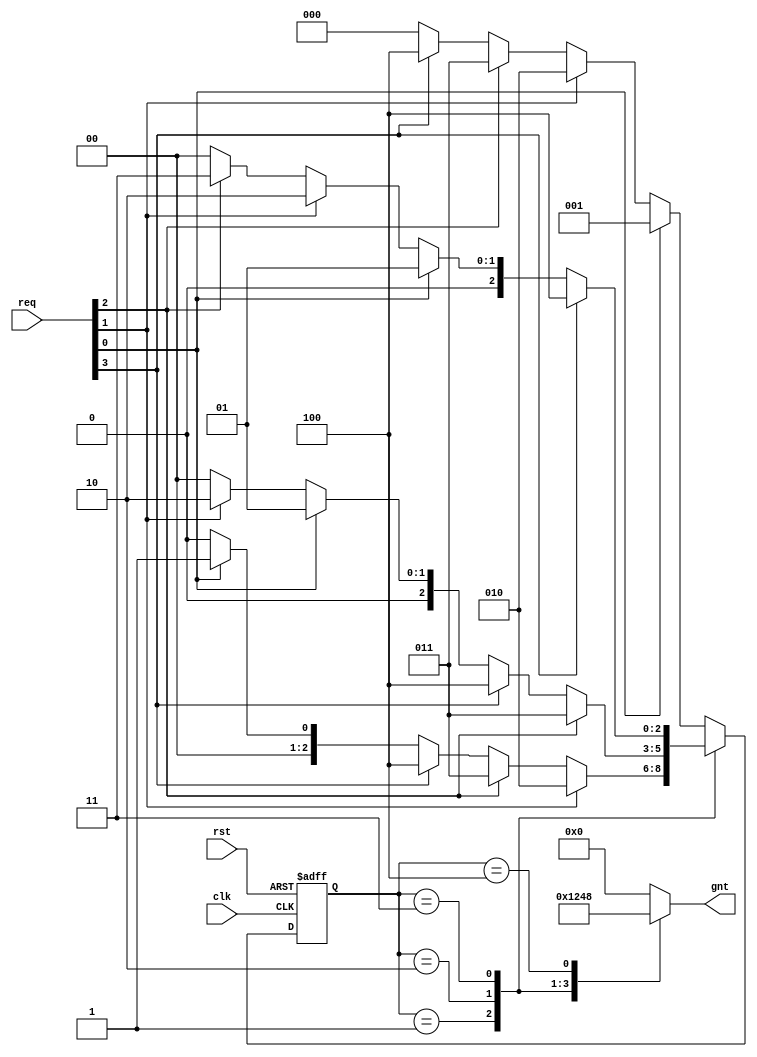
module round_robin_arbiter(req,clk,rst,gnt);
  input [3:0] req;
  input clk,rst;
  output reg [3:0] gnt;
  
  parameter [2:0] S_ideal=3'b000; //ideal state
  parameter [2:0] S_0=3'b001; 
  parameter [2:0] S_1=3'b010; 
  parameter [2:0] S_2=3'b011; 
  parameter [2:0] S_3=3'b100;
  
  reg [2:0] present_state, next_state;
  
  
  always@(posedge clk or posedge rst)
    begin
      
      if(rst)
        present_state <= S_ideal;
      else 
        present_state <= next_state;
      
    end
  
  //Next state logic
  
  always@(*)
    begin
      
      case(present_state)
        
        S_ideal :
          begin
            if(req[0])
              next_state = S_0;
            else if(req[1])
              next_state = S_1;
            else if(req[2])
              next_state = S_2;
            else if(req[3])
              next_state = S_3;
            else
              next_state = S_ideal;
          end
        
        S_0 :
          begin
            if(req[1])
              next_state = S_1;
            else if(req[2])
              next_state = S_2;
            else if(req[3])
              next_state = S_3;
            else if(req[0])
              next_state = S_0;
            else
              next_state = S_ideal;
          end
        
        S_1 :
          begin
            if(req[2])
              next_state = S_2;
            else if(req[3])
              next_state = S_3;
            else if(req[0])
              next_state = S_0;
            else if(req[1])
              next_state = S_1;
            else
              next_state = S_ideal;
          end
        
        S_2 :
          begin
            if(req[3])
              next_state = S_3;
            else if(req[0])
              next_state = S_0;
            else if(req[1])
              next_state = S_1;
            else if(req[2])
              next_state = S_2;
            else
              next_state = S_ideal;
          end
        
        S_3 :
          begin
            if(req[0])
              next_state = S_0;
            else if(req[1])
              next_state = S_1;
            else if(req[2])
              next_state = S_2;
            else if(req[3])
              next_state = S_3;
            else
              next_state = S_ideal;
          end

        default :
          begin
            if(req[0])
              next_state = S_0;
            else if(req[1])
              next_state = S_1;
            else if(req[2])
              next_state = S_2;
            else if(req[3])
              next_state = S_3;
            else
              next_state = S_ideal;
          end
        
      endcase
    end
  
  
  always@(*)
    begin
      case(present_state)
        
        S_0 : gnt = 4'b0001;
        S_1 : gnt = 4'b0010;
        S_2 : gnt = 4'b0100;
        S_3 : gnt = 4'b1000;
        
        default : gnt = 4'b0000;
        
      endcase
    end
  
endmodule